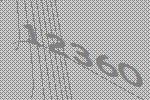
12360